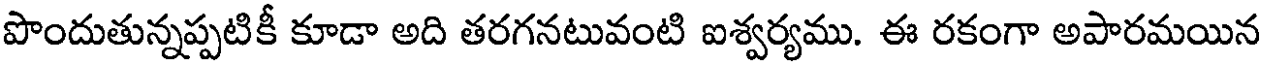
పొందుతున్నప్పటికీ కూడా అది తరగనటువంటి ఐశ్వర్యము. ఈ రకంగా అపారమయిన